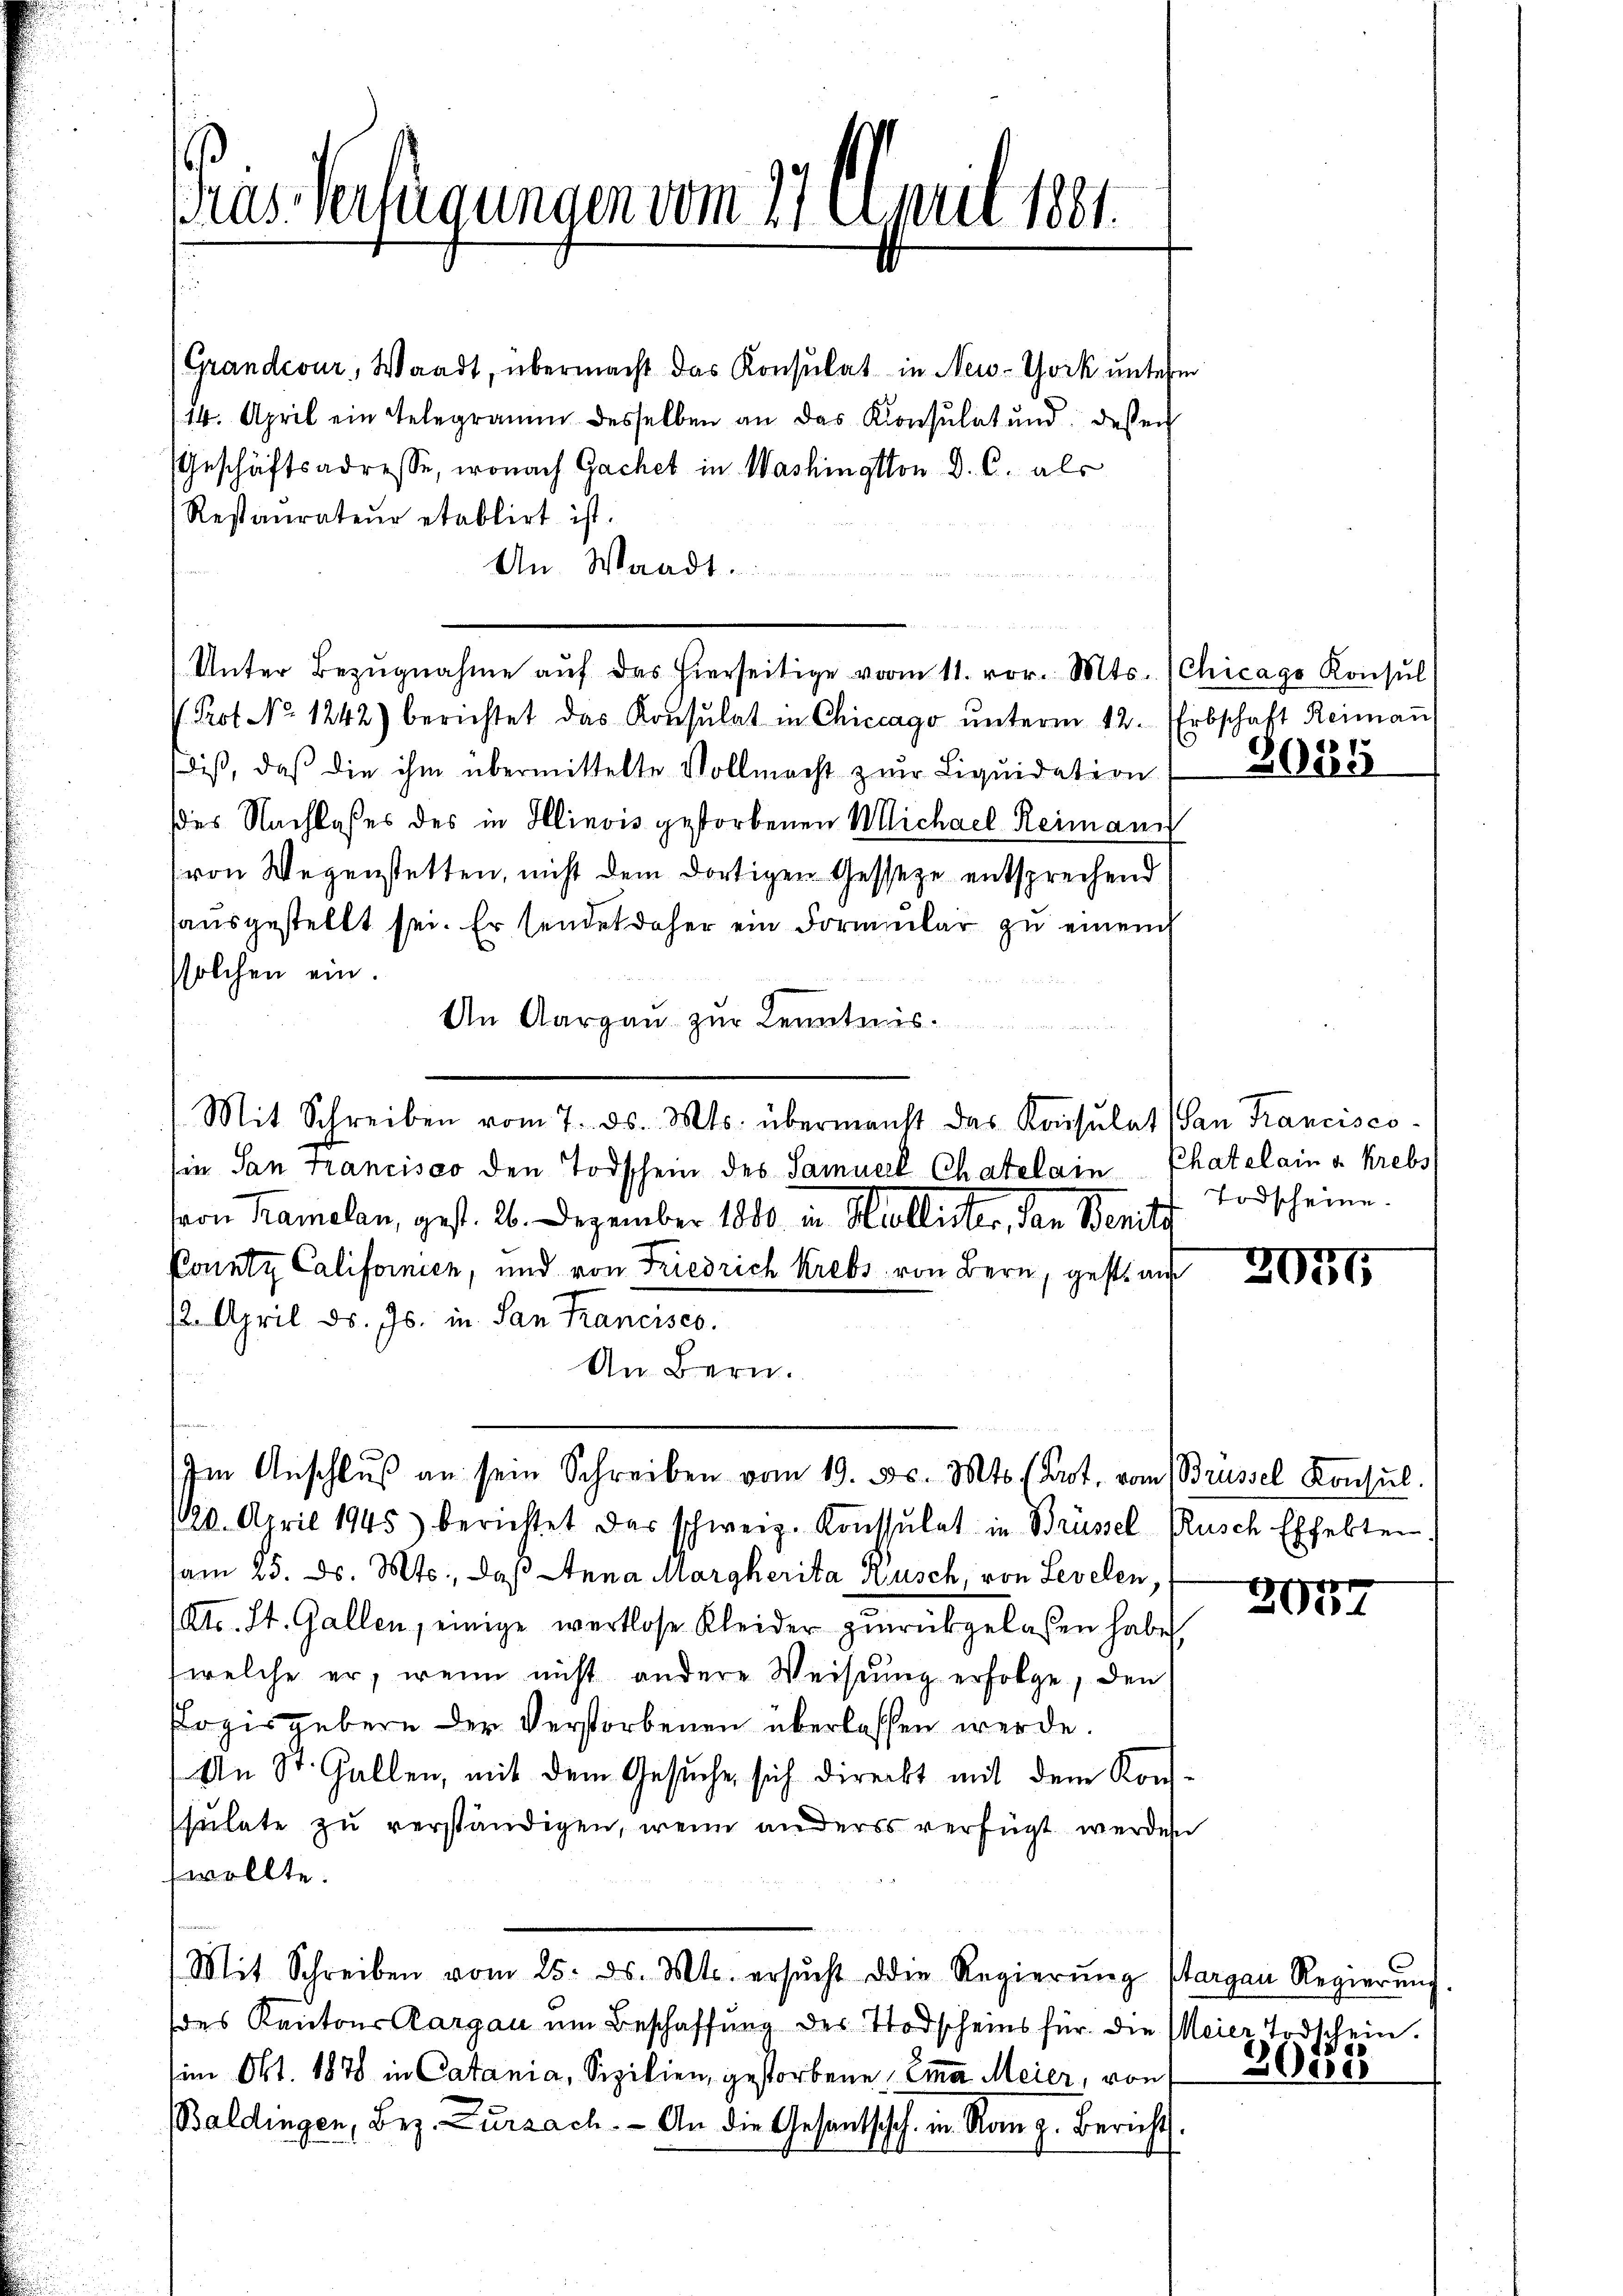
Gras Verfügungen vom 17 Sept 1861.

(Grandcour, Waadt, übermacht das Konsulat in New-York unter
114. April ein Telegramm desselben an das Konsulat und dessen
Geschäftsadresse, wonach Gachet in Washington D. C. als
Restaŭrateur etablirt ist.
An Waadt.
 Prof. No. 1242) berichtet das Konsulat in Chiccago ŭnterm 12. Erbschaft Reimaṅ
dis, daß die ihm übermittelte Vollmacht zur Liquidation
des Nachlaßes des in Illinois gestorbenen Michael Reimann
von Wegenstetten, nicht dem dortigen Gesseze entsprechend
ausgestellt sei. Er sendet daher ein Formular zu einem
solchen ein.
An Aargau zur Kenntnis.
Mit Schreiben vom 7. ds. Mts. übermanst das Konsulat San Francisco-
in San Francisco den Todschein des Samuerl Chatelain Chatelain v. Krebs
von Kramelan, gest. 26. Dezember 1810. in Mullister, den Zürich
Ponntz Californien, und von Friedrich Krebs von Bern, gehts an
12. April d. Js. in San Francisco
An Bern.
Im Anschlŭβ an sein Schreiben vom 19. ds. Mts. (Prot. vom Brüssel Konsŭl.
/20. April 1945) berichtet das schweiz. Konsulat in Brüssel Rusch Effekten.
am 25. d. Mts., daß Anna Margherita Kusch, von Levelen,
Atr. St. Gallen, einige wertlose Kleider zurückgelassen habe,
(welche er, wenn nicht andere Weisung erfolge, den
Pogis gebern der Verstorbenen überlassen werde.
An St. Gallen, mit dem Gesuche, sich direckt mit dem Konsulate zu verständigen, wenn anders verfügt werden
wollte.
Mit Schreiben vom 25. ds. Mts. ersŭcht die Regierŭng Margau Regierŭng
soes Kantons Aargau um Beschaffung des Todscheins für die Meier Todschein.
im Okt. 1878 in Catania, Sizilien, gestorbene Emma Meier, von
Baldingen, Bez. Zurzach. An die Gesanthisch in Rang. Bericht.

Unter Bezŭgnahme aŭf das hierseitige vom 11. vor. Mts. (Chicago Konsŭl

3025

Todscheine.

2077

2057

41
3080